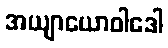
အယျာယောဝါဒေါ